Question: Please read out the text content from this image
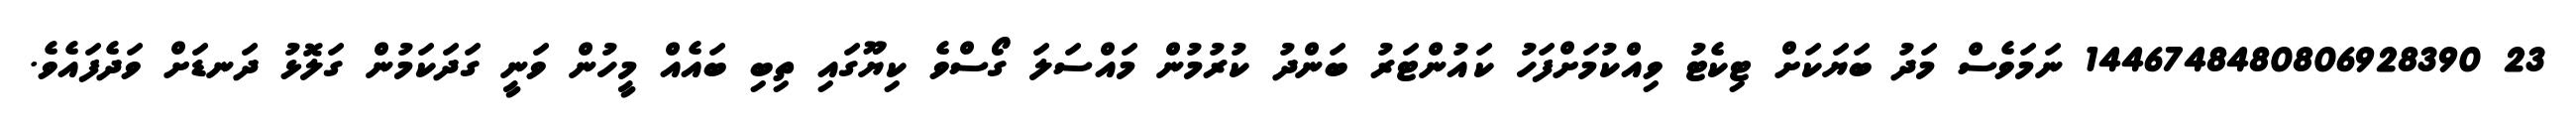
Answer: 23 1446748480806928390 ނަމަވެސް މަދު ބަޔަކަށް ޓިކެޓު ވިއްކުމަށްފަހު ކައުންޓަރު ބަންދު ކުރުމުން މައްސަލަ ގޯސްވެ ކިޔޫގައި ތިބި ބައެއް މީހުން ވަނީ ގަދަކަމުން ގަލޮޅު ދަނޑަށް ވަދެފައެވެ.